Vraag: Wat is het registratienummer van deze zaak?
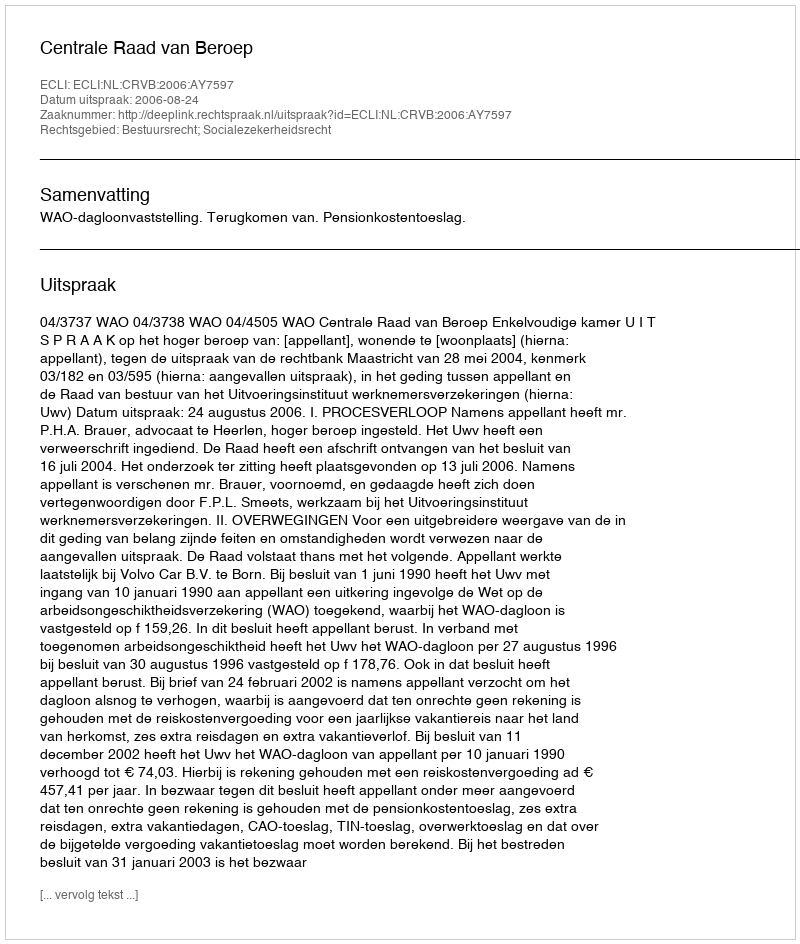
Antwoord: http://deeplink.rechtspraak.nl/uitspraak?id=ECLI:NL:CRVB:2006:AY7597